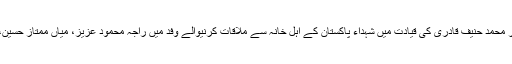
تحریک منہاج القرآن لاہور کے سنیئر نائب امیر محمد حنیف قادری کی قیادت میں شہداء پاکستان کے اہل خانہ سے ملاقات کرنیوالے وفد میں راجہ محمود عزیز، میاں ممتاز حسین، محمد رمضان ایوبی و دیگر رہنما شامل تھے۔